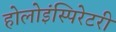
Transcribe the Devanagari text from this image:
होलोइंस्पिरेटरी